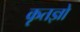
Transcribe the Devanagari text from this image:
कृतज्ञो